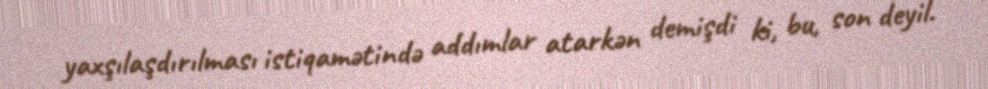
yaxşılaşdırılması istiqamətində addımlar atarkən demişdi ki, bu, son deyil.